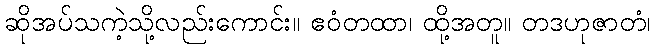
ဆိုအပ်သကဲ့သို့လည်းကောင်း။ ဧဝံတထာ၊ ထို့အတူ။ တဒဟုဇာတံ၊